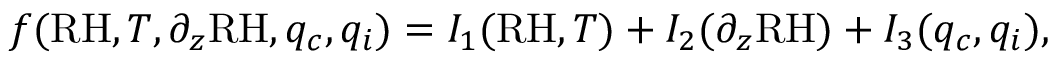
f ( \mathrm { R H } , T , \partial _ { z } \mathrm { R H } , q _ { c } , q _ { i } ) = I _ { 1 } ( \mathrm { R H } , T ) + I _ { 2 } ( \partial _ { z } \mathrm { R H } ) + I _ { 3 } ( q _ { c } , q _ { i } ) ,